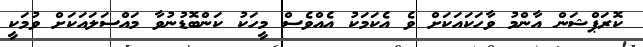
ކޮރަޕްޝަން އާންމު ވާހަކައަކަށް ވެ އެކަމަކު އެއްވެސް މީހަކު ކަންބޮޑުނުވާ މައްސަލައަކަށް ވުމަކީ